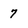
Character: 7